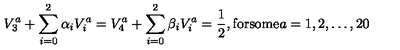
V _ { 3 } ^ { a } + \sum _ { i = 0 } ^ { 2 } \alpha _ { i } V _ { i } ^ { a } = V _ { 4 } ^ { a } + \sum _ { i = 0 } ^ { 2 } \beta _ { i } V _ { i } ^ { a } = { \frac { 1 } { 2 } } , { \mathrm { f o r s o m e } } a = 1 , 2 , \dots , 2 0